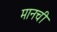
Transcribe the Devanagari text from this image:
मानची